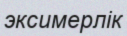
эксимерлік